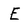
Character: E